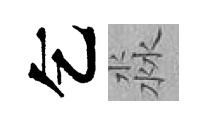
乞淼